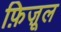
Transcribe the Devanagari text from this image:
फ़िज़ूल